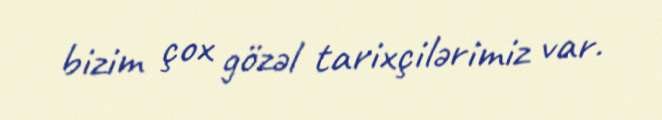
bizim çox gözəl tarixçilərimiz var.